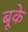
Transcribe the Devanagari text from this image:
बूके